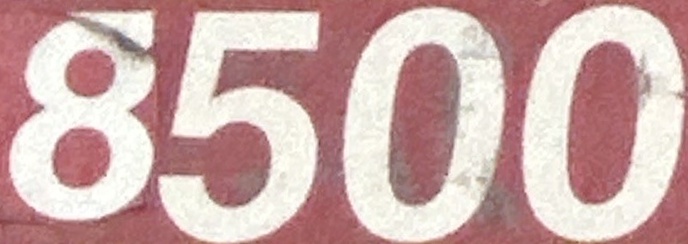
8500